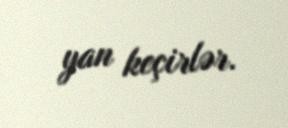
yan keçirlər.